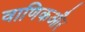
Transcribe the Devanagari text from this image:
वाणिकऔर